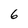
Character: 6